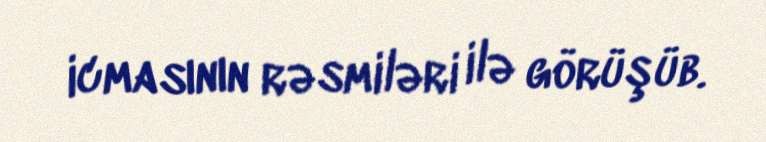
icmasının rəsmiləri ilə görüşüb.